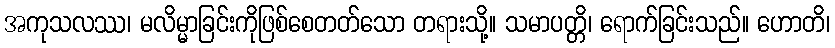
အကုသလဿ၊ မလိမ္မာခြင်းကိုဖြစ်စေတတ်သော တရားသို့။ သမာပတ္တိ၊ ရောက်ခြင်းသည်။ ဟောတိ၊